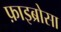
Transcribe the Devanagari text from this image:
फ़ाइब्रोसा